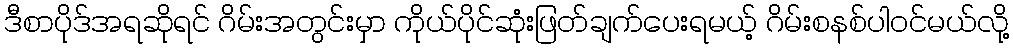
ဒီစာပိုဒ်အရဆိုရင် ဂိမ်းအတွင်းမှာ ကိုယ်ပိုင်ဆုံးဖြတ်ချက်ပေးရမယ့် ဂိမ်းစနစ်ပါဝင်မယ်လို့